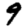
Digit: 9